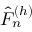
\hat { F } _ { n } ^ { ( h ) }